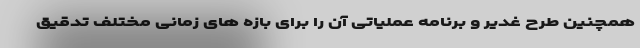
همچنین طرح غدیر و برنامه عملیاتی آن را برای بازه های زمانی مختلف تدقیق